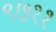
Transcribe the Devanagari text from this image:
९७११